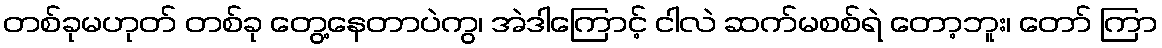
တစ်ခုမဟုတ် တစ်ခု တွေ့နေတာပဲကွ၊ အဲဒါကြောင့် ငါလဲ ဆက်မစစ်ရဲ တော့ဘူး၊ တော် ကြာ